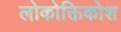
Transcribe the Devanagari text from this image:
लोकोक्तिकोश